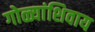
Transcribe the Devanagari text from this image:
गोळ्यांशिवाय